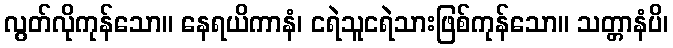
လွတ်လိုကုန်သော။ နေရယိကာနံ၊ ငရဲသူငရဲသားဖြစ်ကုန်သော။ သတ္တာနံပိ၊